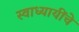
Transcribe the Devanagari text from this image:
स्वाध्यायींचे